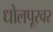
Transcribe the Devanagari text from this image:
धोलपूरवर